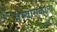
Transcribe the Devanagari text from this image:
अभ्यासकाला